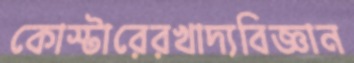
কোস্টারেরখাদ্যবিজ্ঞান